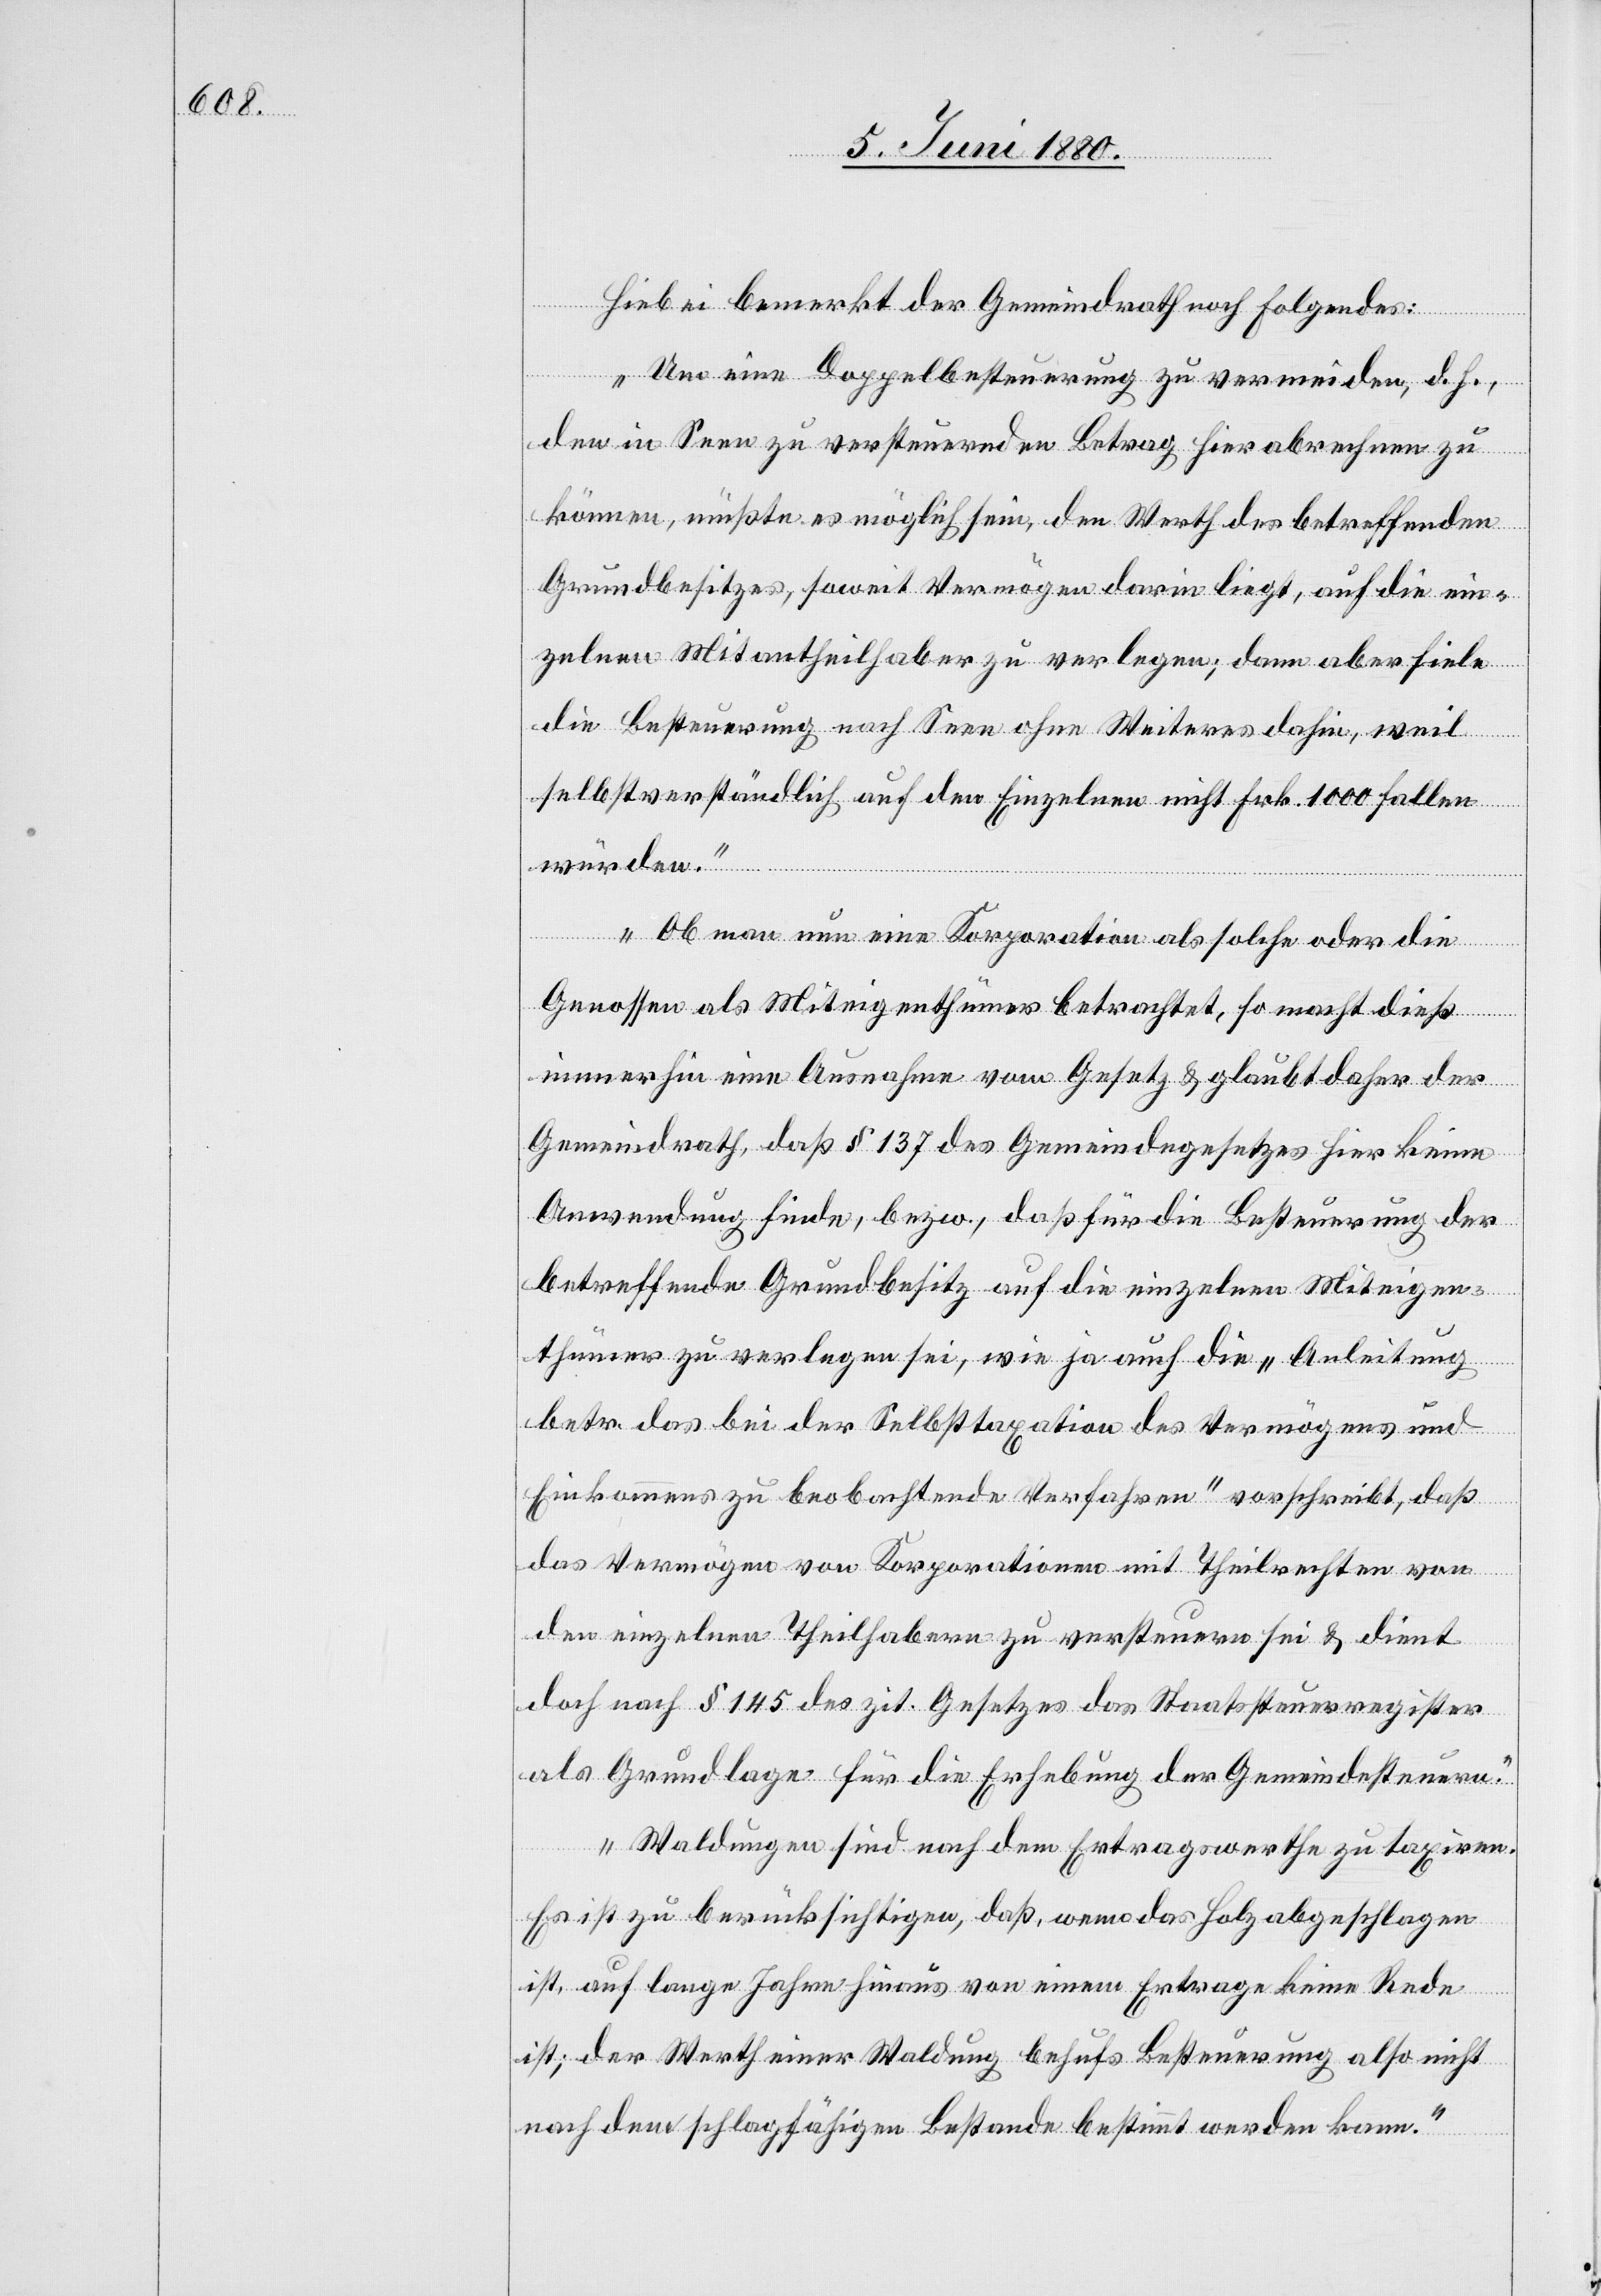
Hiebei bemerkt der Gemeindrath noch folgendes:
„Um eine Doppelbesteuerung zu vermeiden, d. h.,
den in Seen zu versteuernden Betrag hier abrechnen zu
können, müßte es möglich sein, den Werth des betreffenden
Grundbesitzes, soweit Vermögen darin liegt, auf die ein¬
zelnen Mitantheilhaber zu verlegen; dann aber fiele
die Besteuerung nach Seen ohne Weiteres dahin, weil
selbstverständlich auf den Einzelnen nicht Frk. 1000 fallen
würden.
Ob man nun eine Korporation als solche oder die
Genossen als Miteigenthümer betrachtet, so macht dieß
immerhin eine Ausnahme vom Gesetz & glaubt daher der
Gemeindrath, daß § 137 des Gemeindegesetzes hier keine
Anwendung finde, bezw., daß für die Besteuerung der
betreffenden Grundbesitz auf die einzelnen Miteigen¬
thümer zu verlegen sei, wie ja auch die „Anleitung
betr. das bei der Selbsttaxation des Vermögens und
Einkommens zu beobachtende Verfahren“ vorschreibt, daß
das Vermögen von Korporationen mit Theilrechten von
den einzelnen Theilhabern zu versteuern sei & dient
doch nach § 145 des zit. Gesetzes das Staatssteuerregister
als Grundlage für die Erhebung der Gemeindesteuern.
Waldungen sind nach dem Ertragswerthe zu taxiren.
Es ist zu berücksichtigen, daß, wenn das Holz abgeschlagen
ist, auf lange Jahre hinaus von einem Ertrag keine Rede
ist; der Werth einer Waldung behufs Besteuerung also nicht
nach dem schlagfähigen Bestande bestimmt werden kann.